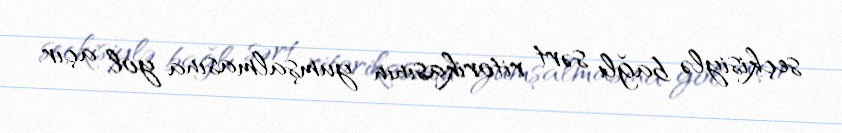
seçkisiylə bağlı sərt ritorikasının yumşalmasına yol açır.